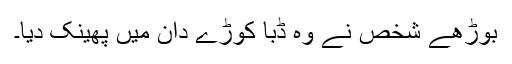
بوڑھے شخص نے وہ ڈبّا کوڑے دان میں پھینک دیا۔